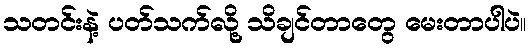
သတင်းနဲ့ ပတ်သက်လို့ သိချင်တာတွေ မေးတာပါပဲ။